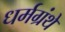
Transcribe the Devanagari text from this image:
धर्मग्रंथें